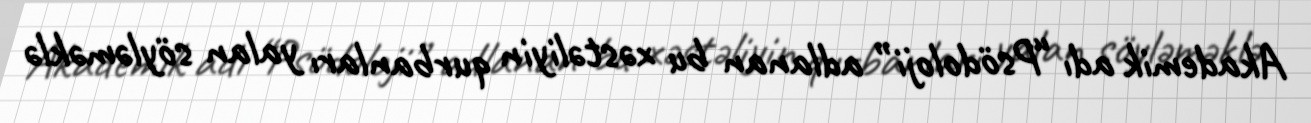
Akademik adı “Psödoloji” adlanan bu xəstəliyin qurbanları yalan söyləməklə